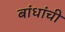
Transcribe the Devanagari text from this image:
बांधांची